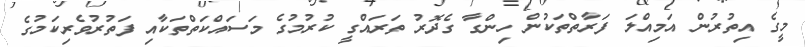
މީގެ އިތުރުން އަމިއްލަ ފަރާތްތަކުން ހިންގާ ގެދޮރު ތަރައްގީ ކުރުމުގެ މަސައްކަތްތަކާއި ފަތުރުވެރިކަމުގެ